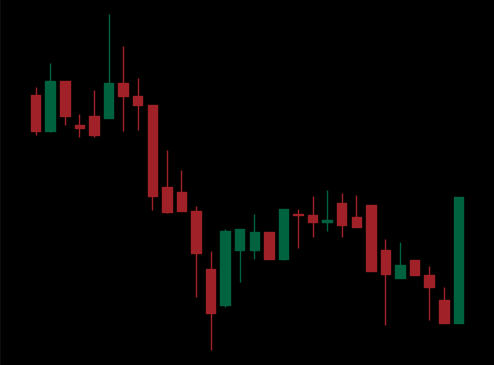
Pattern: unclassified